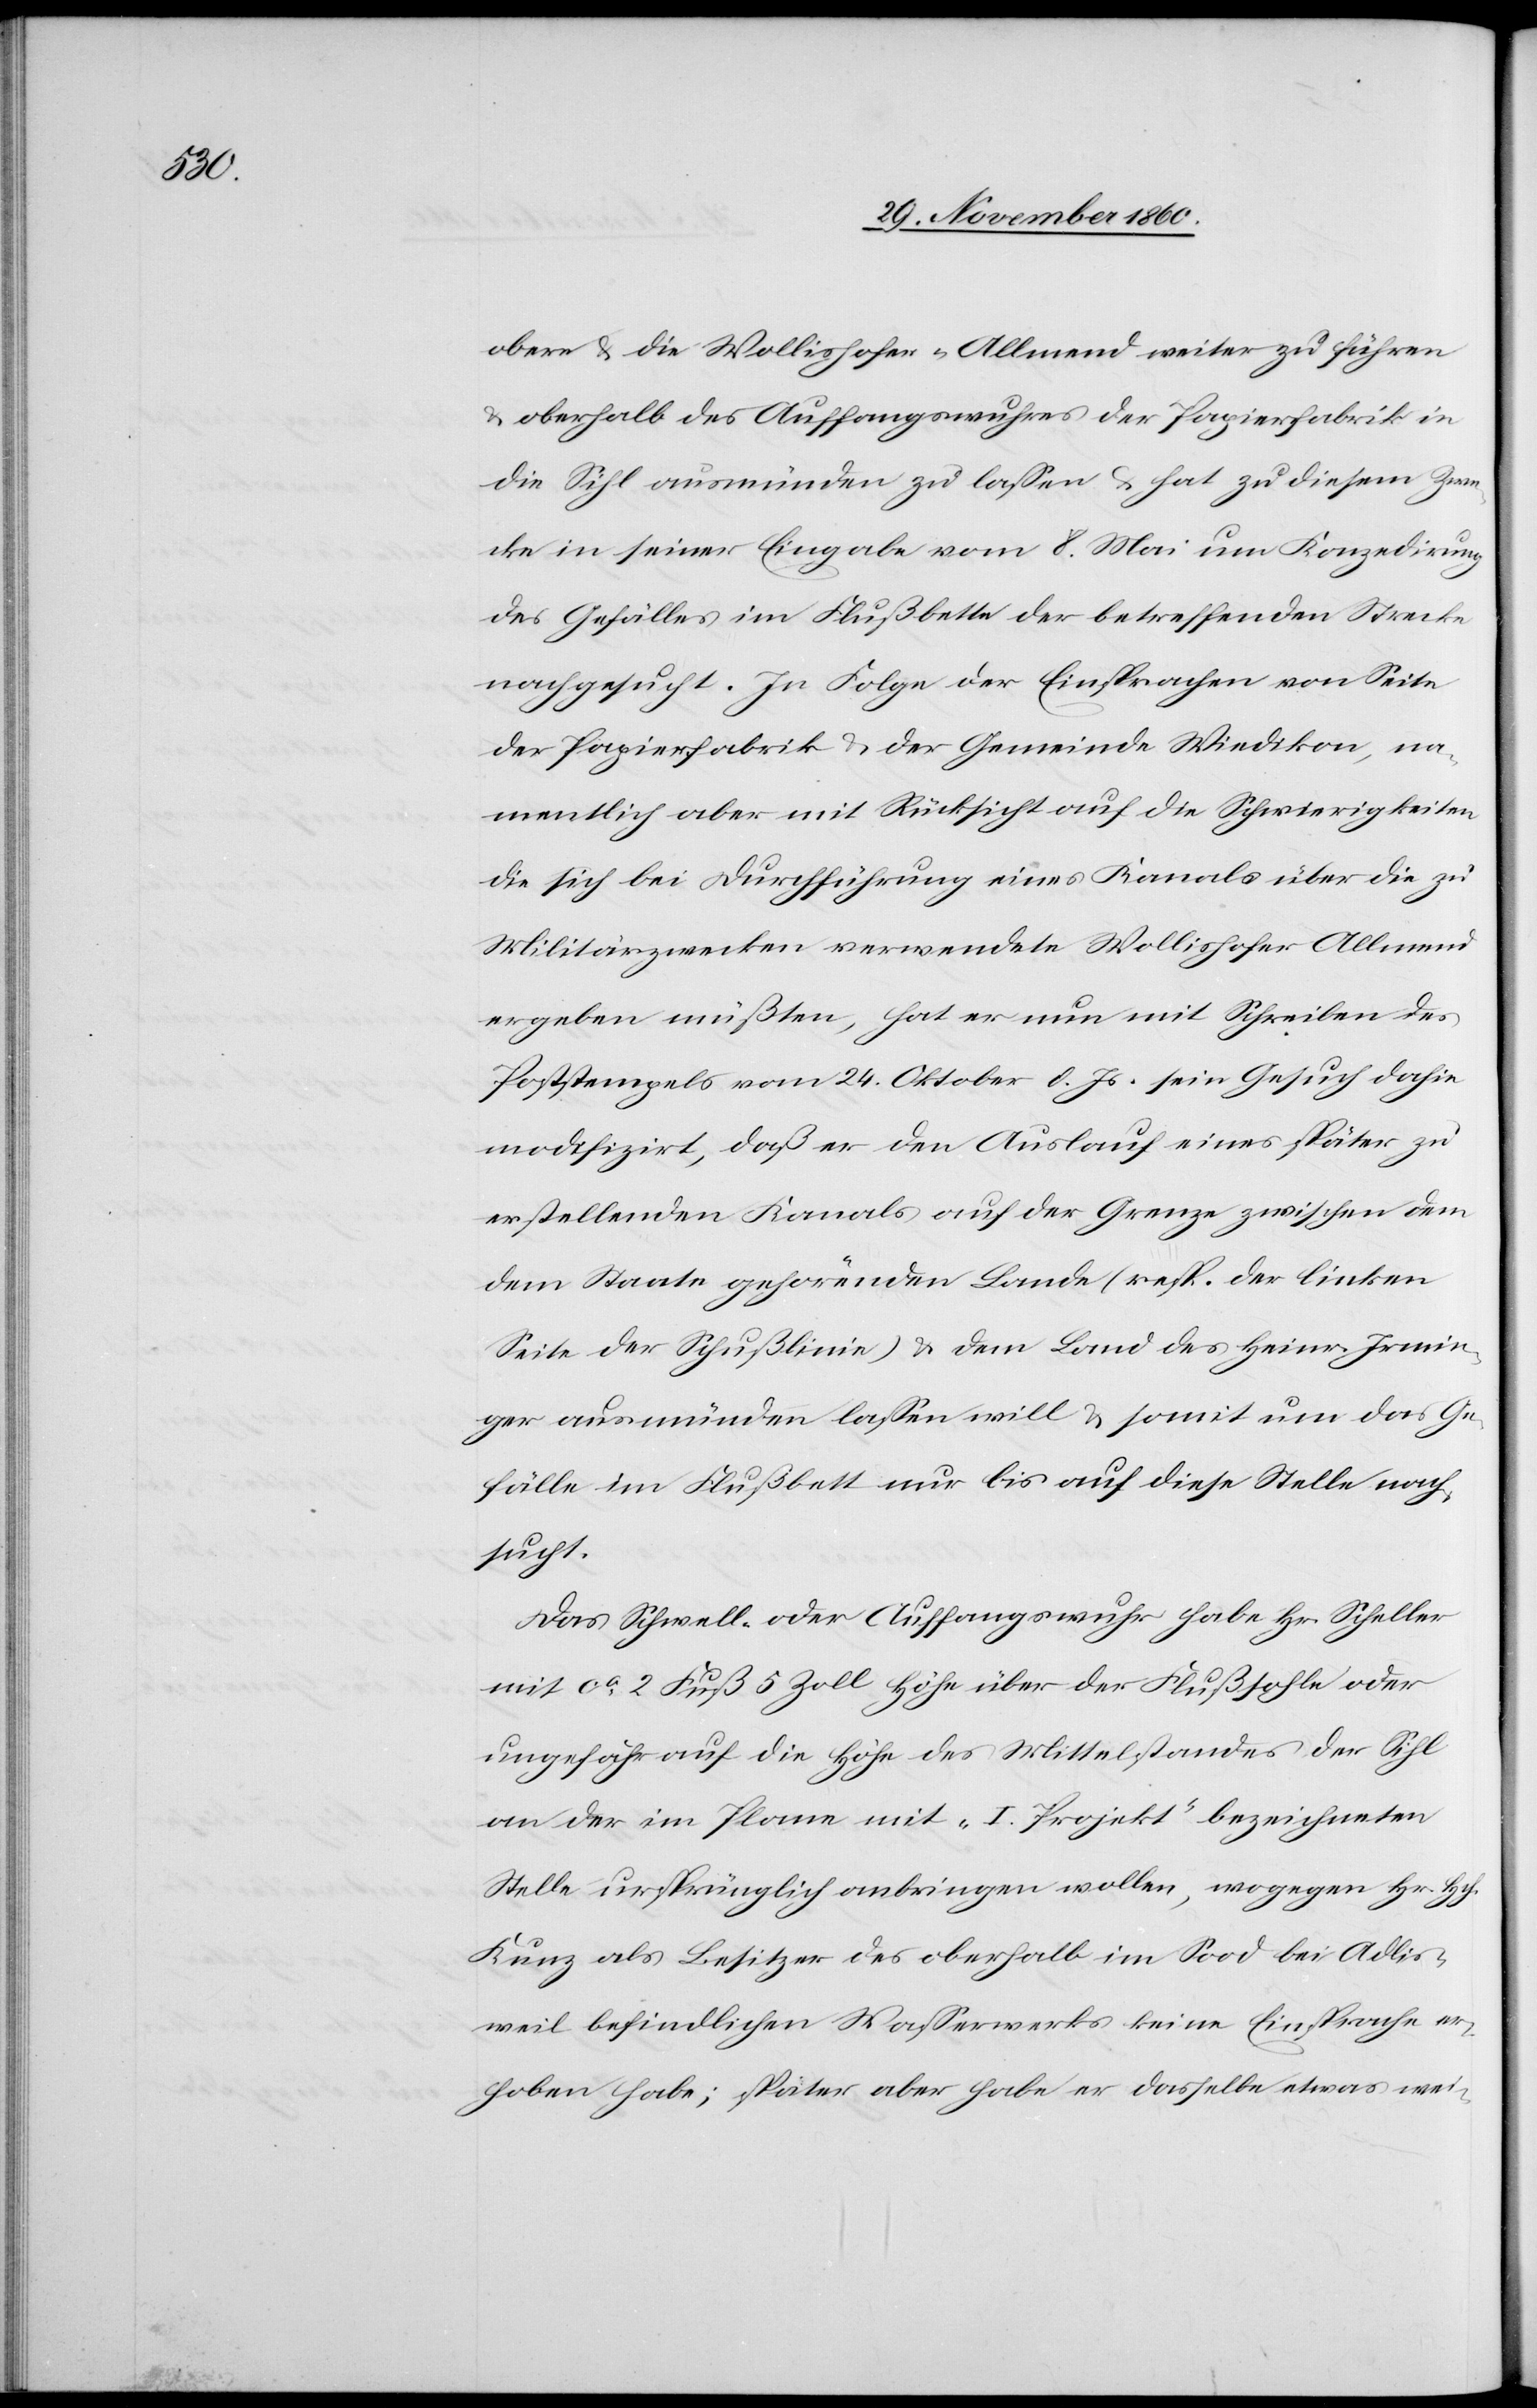
obere u. Wollishofen-Allmend weiter zu führen
u. oberhalb des Auffangswuhres der Papierfabrik in
die Sihl ausmünden zu lassen u. hat zu diesem Zwe¬
cke in seiner Eingabe vom 8. Mai um Konzedirung
des Gefälles im Flußbette der betreffenden Strecke
nachgesucht. In Folge der Einsprachen von Seite
der Papierfabrik u. der Gemeinde Wiedikon, na¬
mentlich aber mit Rücksicht auf die Schwierigkeiten
die sich bei Durchführung eines Kanals über die zu
Militärzwecken verwendete Wollishofer Allmend
ergeben müßten, hat er nun mit Schreiben des
Poststempels vom 24. Oktober d. Js. sein Gesuch dahin
modifizirt, daß er den Auslauf eines später zu
erstellenden Kanals auf der Grenze zwischen dem
dem Staate gehörenden Lande (resp. der linken
Seite der Schußlinie) u. dem Land des Heinr. Irmin¬
ger ausmünden lassen will u. somit um das Ge¬
fälle im Flußbett nur bis auf diese Stelle nach¬
sucht.
Das Schwell- oder Auffangswuhr habe Hr. Scheller
mit ca 2 Fuß 5 Zoll Höhe über der Flußsohle oder
ungefähr auf die Höhe des Mittelstandes der Sihl
an der im Plane mit „I. Projekt“ bezeichneten
Stelle ursprünglich anbringen wollen, wogegen Hr. Hch.
Kunz als Besitzer des oberhalb im Sood bei Adlis¬
weil befindlichen Wasserwerks keine Einsprache er¬
hoben habe; später aber habe er dasselbe etwas wei-